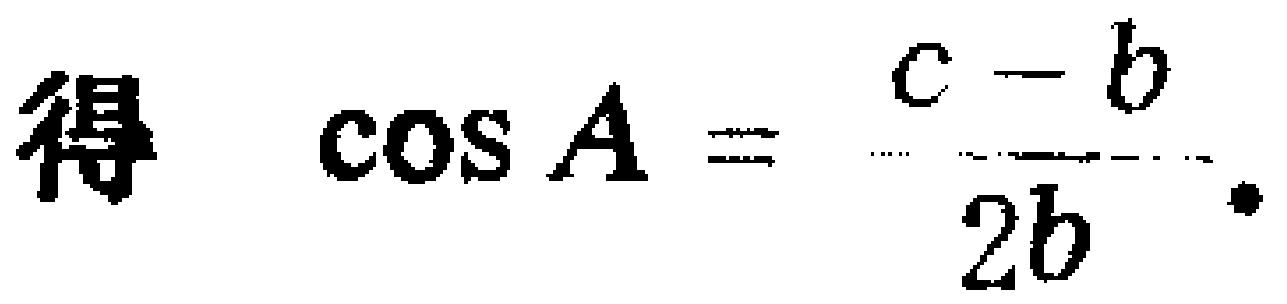
得 $\cos A = \frac{c - b}{2b}.$